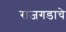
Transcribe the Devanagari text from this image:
राजगडाचे